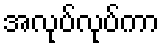
အလုပ်လုပ်ကာ